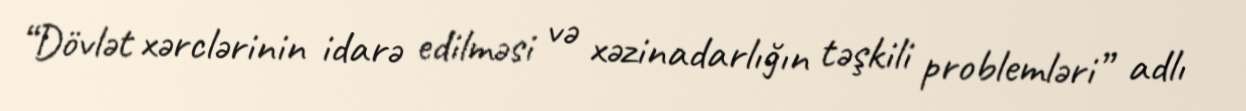
“Dövlət xərclərinin idarə edilməsi və xəzinadarlığın təşkili problemləri” adlı